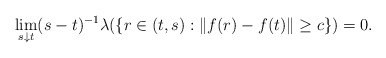
\begin{align*}\lim_{s \downarrow t} (s-t)^{-1} \lambda( \{ r \in (t, s) :\|f(r) - f(t)\| \geq c \}) = 0.\end{align*}